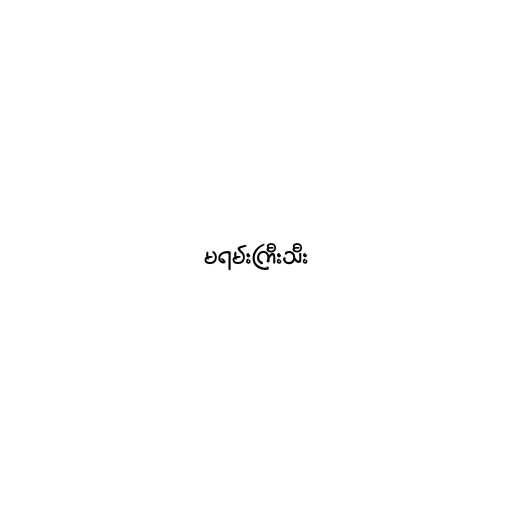
မရမ်းကြီးသီး